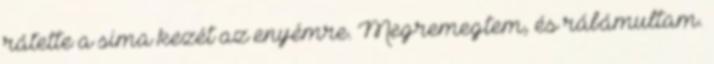
rátette a sima kezét az enyémre. Megremegtem, és rábámultam.